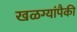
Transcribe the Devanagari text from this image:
खळग्यांपैकी